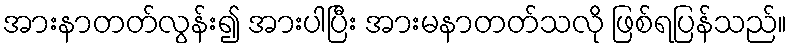
အားနာတတ်လွန်း၍ အားပါပြီး အားမနာတတ်သလို ဖြစ်ရပြန်သည်။